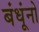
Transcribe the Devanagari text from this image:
बंधूंनो